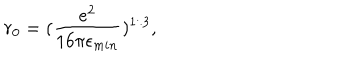
LaTeX: r _ { 0 } = ( \frac { e ^ { 2 } } { 1 6 \pi \epsilon _ { m i n } } ) ^ { 1 / 3 } ,